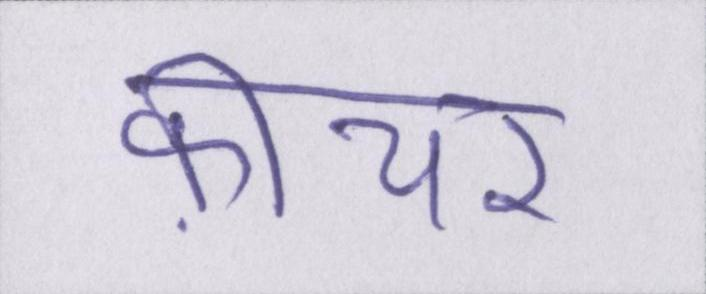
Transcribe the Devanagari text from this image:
फ़ीचर